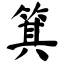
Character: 箕